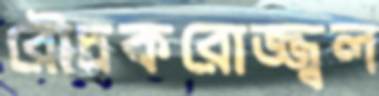
রৌদ্রকরোজ্জ্বল